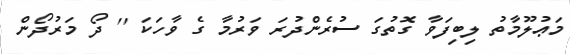
މަޢުލޫމާތު ލިބިފަވާ ގޮތުގަ ސުރެންދުރަ ވަރުމާ ގެ ވާހަކަ '' ދޯ މަރުދޯން